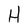
Character: H